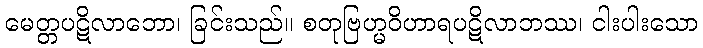
မေတ္တပဋိလာဘော၊ ခြင်းသည်။ စတုဗြဟ္မဝိဟာရပဋိလာဘဿ၊ ငါးပါးသော